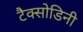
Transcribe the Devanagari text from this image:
टैक्सोडिनी